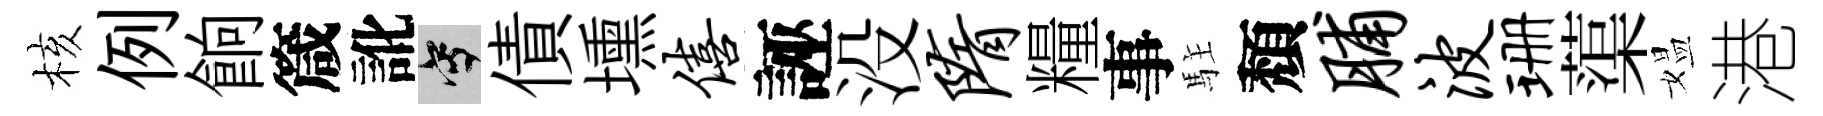
核例餉箴訛寫債壎僖誣没隋糧事駐頽脯波珊蕖媪港